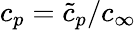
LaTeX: c_{p}={\tilde{c}_{p}}/{c_{\infty}}